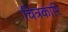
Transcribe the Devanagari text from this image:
चित्रकारि